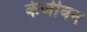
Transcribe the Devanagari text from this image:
केजीवन